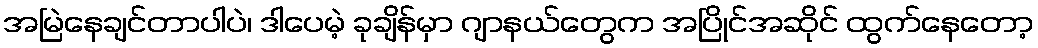
အမြဲနေချင်တာပါပဲ၊ ဒါပေမဲ့ ခုချိန်မှာ ဂျာနယ်တွေက အပြိုင်အဆိုင် ထွက်နေတော့